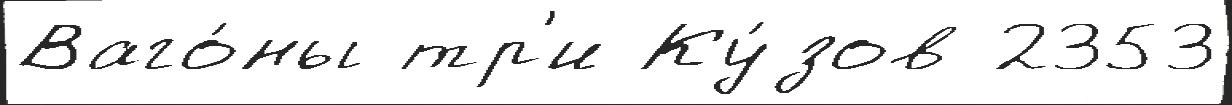
Ваго́ны тр'и Ку́зов 2353